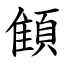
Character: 顀